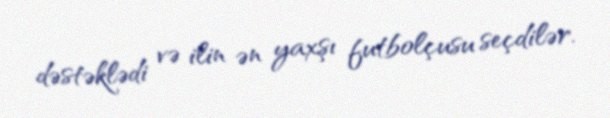
dəstəklədi və ilin ən yaxşı futbolçusu seçdilər.